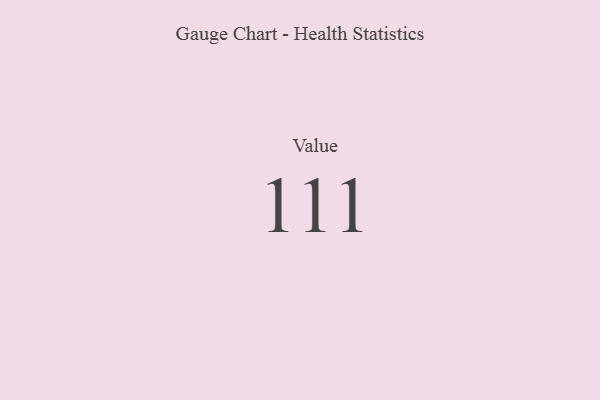
{"axis": {"x": "Metric", "y": "Value"}, "legend": [""], "data": [{"x": "Value", "y": 111, "type": ""}]}